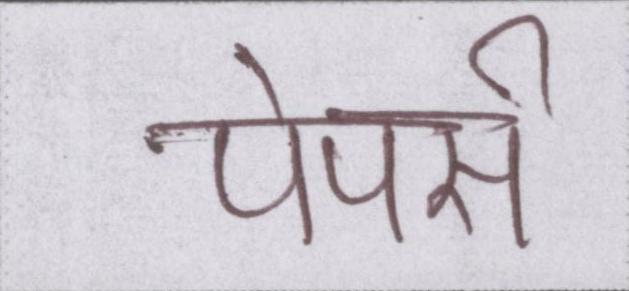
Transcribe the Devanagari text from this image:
पेपर्स